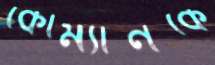
কোম্যানকে